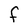
Character: f